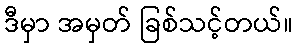
ဒီမှာ အမှတ် ခြစ်သင့်တယ်။